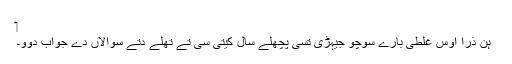
‏
ہُن ذرا اوس غلطی بارے سوچو جیہڑ‌ی تُسی پچھلے سال کیتی سی تے تھلے دِتے سوالاں دے جواب دوو۔